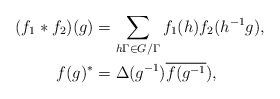
LaTeX: \begin{align*}(f_1\ast f_2)(g)&=\sum_{h\Gamma\in G/\Gamma} f_1(h)f_2(h^{-1}g),\\f(g)^*&=\Delta(g^{-1})\overline{f(g^{-1}}),\end{align*}